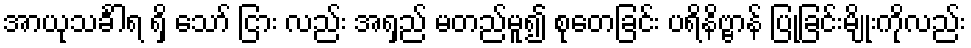
အာယုသင်္ခါရ ရှိ သော် ငြား လည်း အရှည် မတည်မူ၍ စုတေခြင်း ပရိနိဗ္ဗာန် ပြုခြင်းမျိုးကိုလည်း